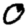
Digit: 0